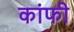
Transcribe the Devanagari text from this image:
कांफी